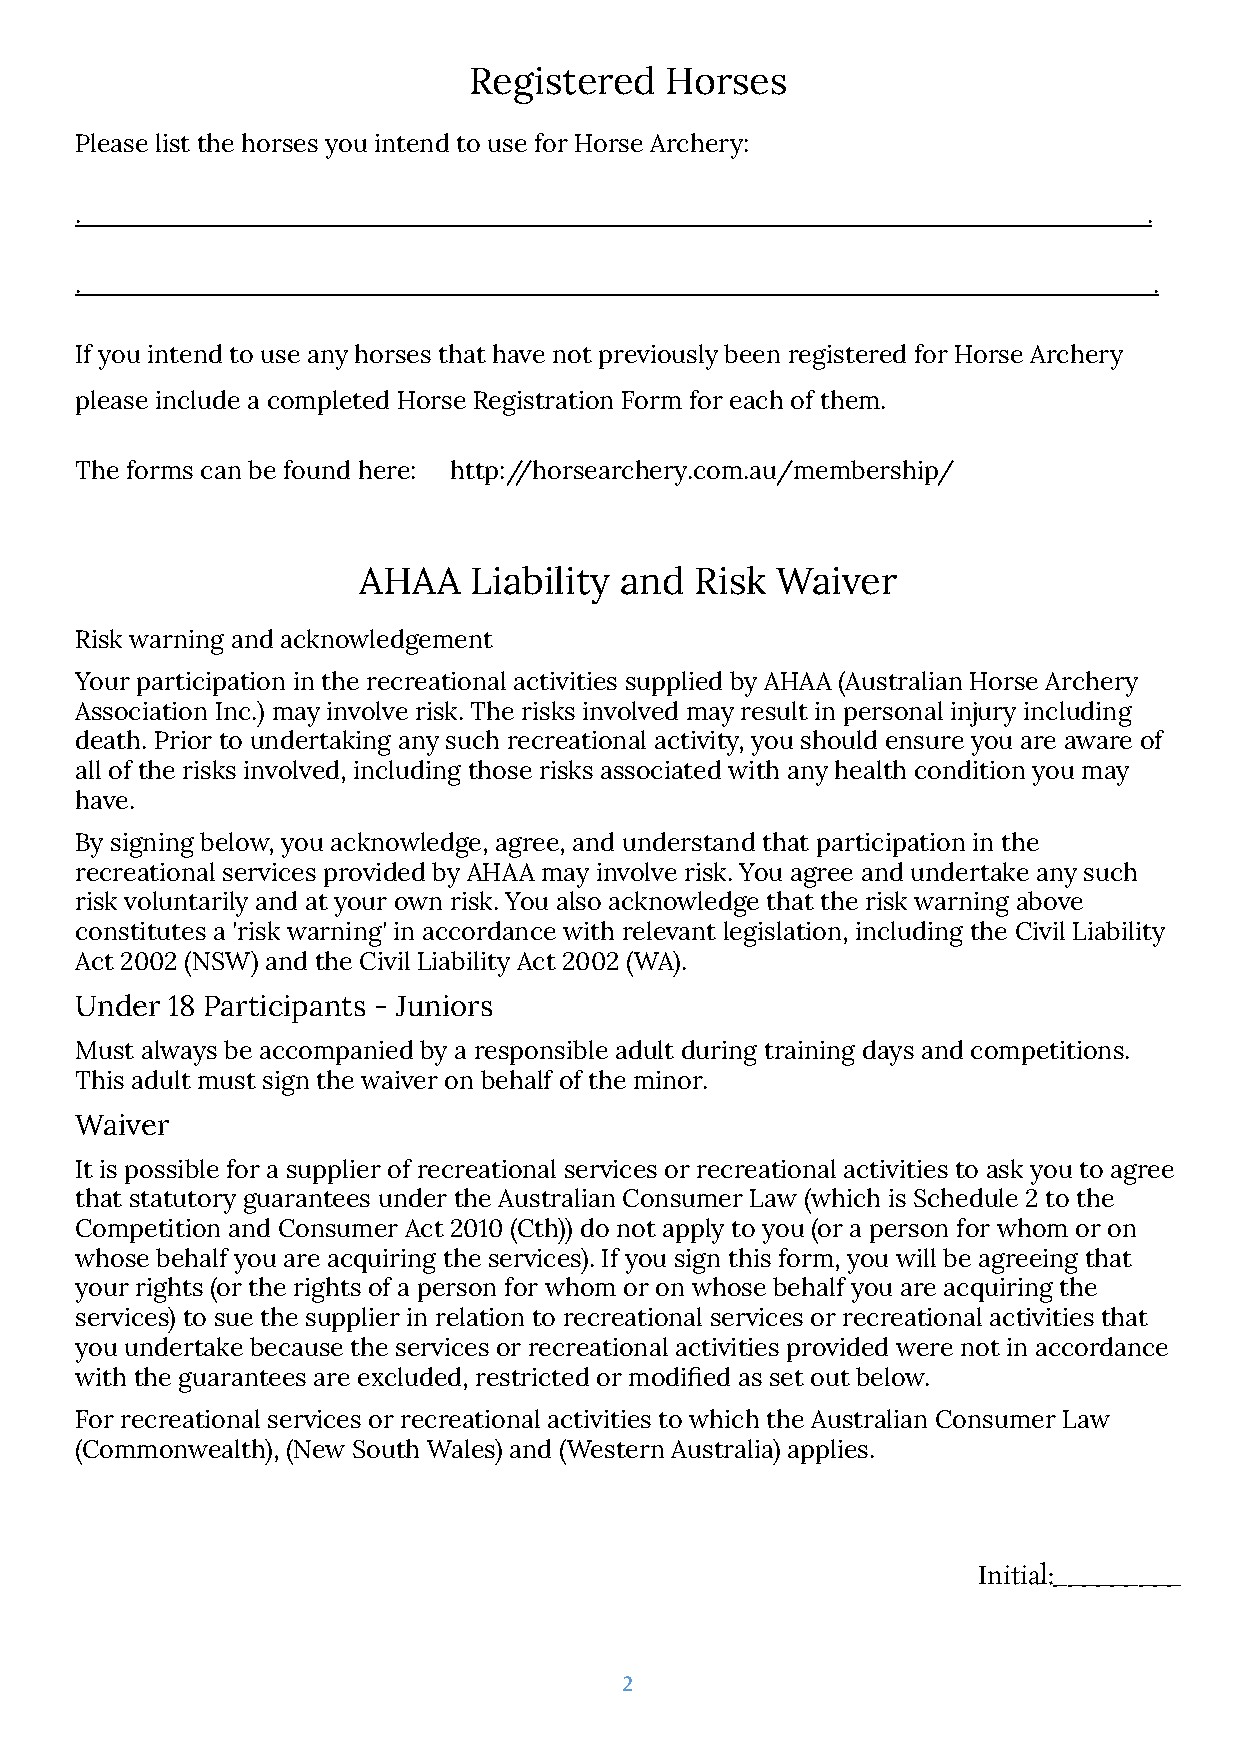
Registered   Horses
 Please list the horses you intend to use for Horse Archery:
 .                                                                      .
 .                                                                      .
 If you intend to use any horses that have not previously been registered for Horse Archery
 please include a completed Horse Registration Form for each of them.
 The forms can be found here: http://horsearchery.com.au/membership/
 AHAA   Liability and  Risk Waiver
 Risk warning and acknowledgement
 Your participation in the recreational activities supplied by AHAA (Australian Horse Archery
 Association Inc.) may involve risk. The risks involved may result in personal injury including
 death. Prior to undertaking any such recreational activity, you should ensure you are aware of
 all of the risks involved, including those risks associated with any health condition you may
 have.
 By signing below, you acknowledge, agree, and understand that participation in the
 recreational services provided by AHAA may involve risk. You agree and undertake any such
 risk voluntarily and at your own risk. You also acknowledge that the risk warning above
 constitutes a 'risk warning' in accordance with relevant legislation, including the Civil Liability
 Act 2002 (NSW) and the Civil Liability Act 2002 (WA).
 Under 18 Participants - Juniors
 Must always be accompanied by a responsible adult during training days and competitions.
 This adult must sign the waiver on behalf of the minor.
 Waiver
 It is possible for a supplier of recreational services or recreational activities to ask you to agree
 that statutory guarantees under the Australian Consumer Law (which is Schedule 2 to the
 Competition and Consumer Act 2010 (Cth)) do not apply to you (or a person for whom or on
 whose behalf you are acquiring the services). If you sign this form, you will be agreeing that
 your rights (or the rights of a person for whom or on whose behalf you are acquiring the
 services) to sue the supplier in relation to recreational services or recreational activities that
 you undertake because the services or recreational activities provided were not in accordance
 with the guarantees are excluded, restricted or modified as set out below.
 For recreational services or recreational activities to which the Australian Consumer Law
 (Commonwealth), (New South Wales) and (Western Australia) applies.
 Initial:_________
 2